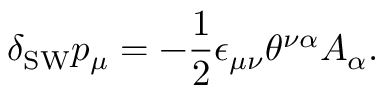
\delta _ { \mathrm { S W } } p _ { \mu } = - \frac { 1 } { 2 } \epsilon _ { \mu \nu } \theta ^ { \nu \alpha } A _ { \alpha } .